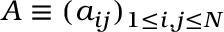
A \equiv ( a _ { i j } ) _ { 1 \leq i , j \leq N }